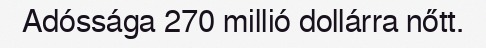
Adóssága 270 millió dollárra nőtt.